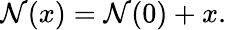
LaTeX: {\mathcal{N}}(x)={\mathcal{N}}(0)+x.